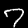
Label: 7